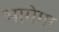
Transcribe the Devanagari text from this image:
भागेगा